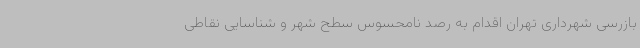
بازرسی شهرداری تهران اقدام به رصد نامحسوس سطح شهر و شناسایی نقاطی